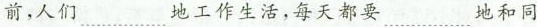
前，人们…………地工作生活，每天都要…………地和同